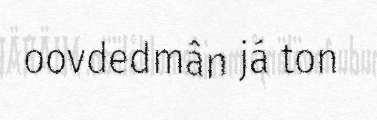
oovdedmân já ton